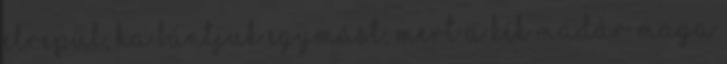
elrepül, ha bántjuk egymást, Mert a Kék Madár maga